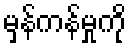
မှန်ကန်မှုကို